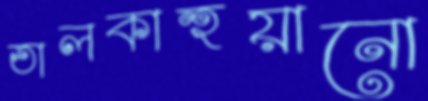
তালকাহুয়ানো